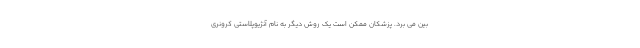
بین می برد. پزشکان ممکن است یک روش دیگر به نام آنژیوپلاستی کرونری